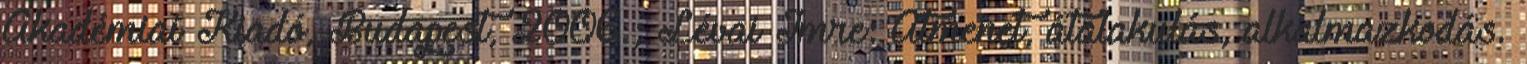
Akadémiai Kiadó, Budapest, 2006.; Lévai Imre: Átmenet, átalakulás, alkalmazkodás.